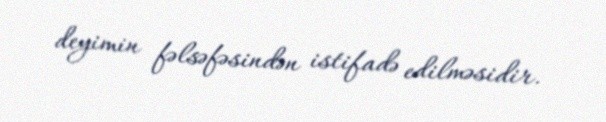
deyimin fəlsəfəsindən istifadə edilməsidir.